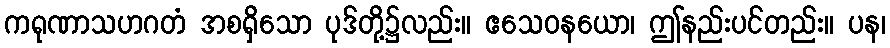
ကရုဏာသဟဂတံ အစရှိသော ပုဒ်တို့၌လည်း။ ဧသေဝနယော၊ ဤနည်းပင်တည်း။ ပန၊